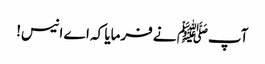
آپﷺ نے فرمایا کہ اے انیس!